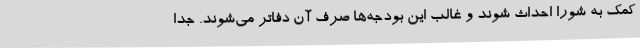
کمک به شورا احداث شوند و غالب این بودجه‌ها صرف آن دفاتر می‌شوند. جدا